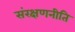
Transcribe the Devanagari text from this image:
संरक्षणनीति